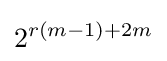
2^{r(m-1)+2m}